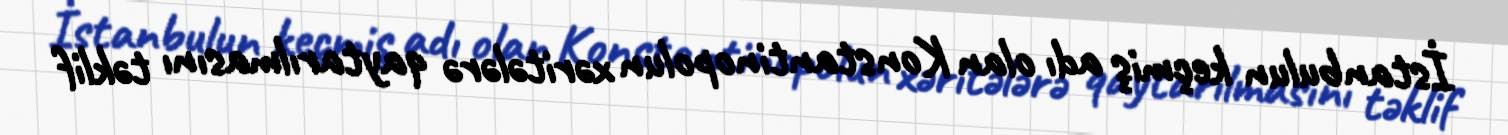
İstanbulun keçmiş adı olan Konstantinopolun xəritələrə qaytarılmasını təklif